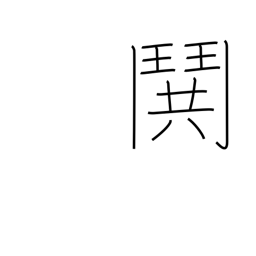
Meaning: fight